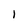
Character: I